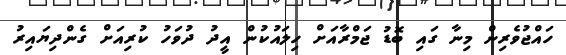
ހައްޖުވެރިން މިނާ ގައި ބޮޑު ޖަމްރާއަށް ހިލައުކުން އީދު ދުވަހު ކުރިއަށް ގެންދިޔައިރު